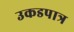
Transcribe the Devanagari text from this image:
उकडपात्र